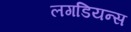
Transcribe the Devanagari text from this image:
लगडियन्स